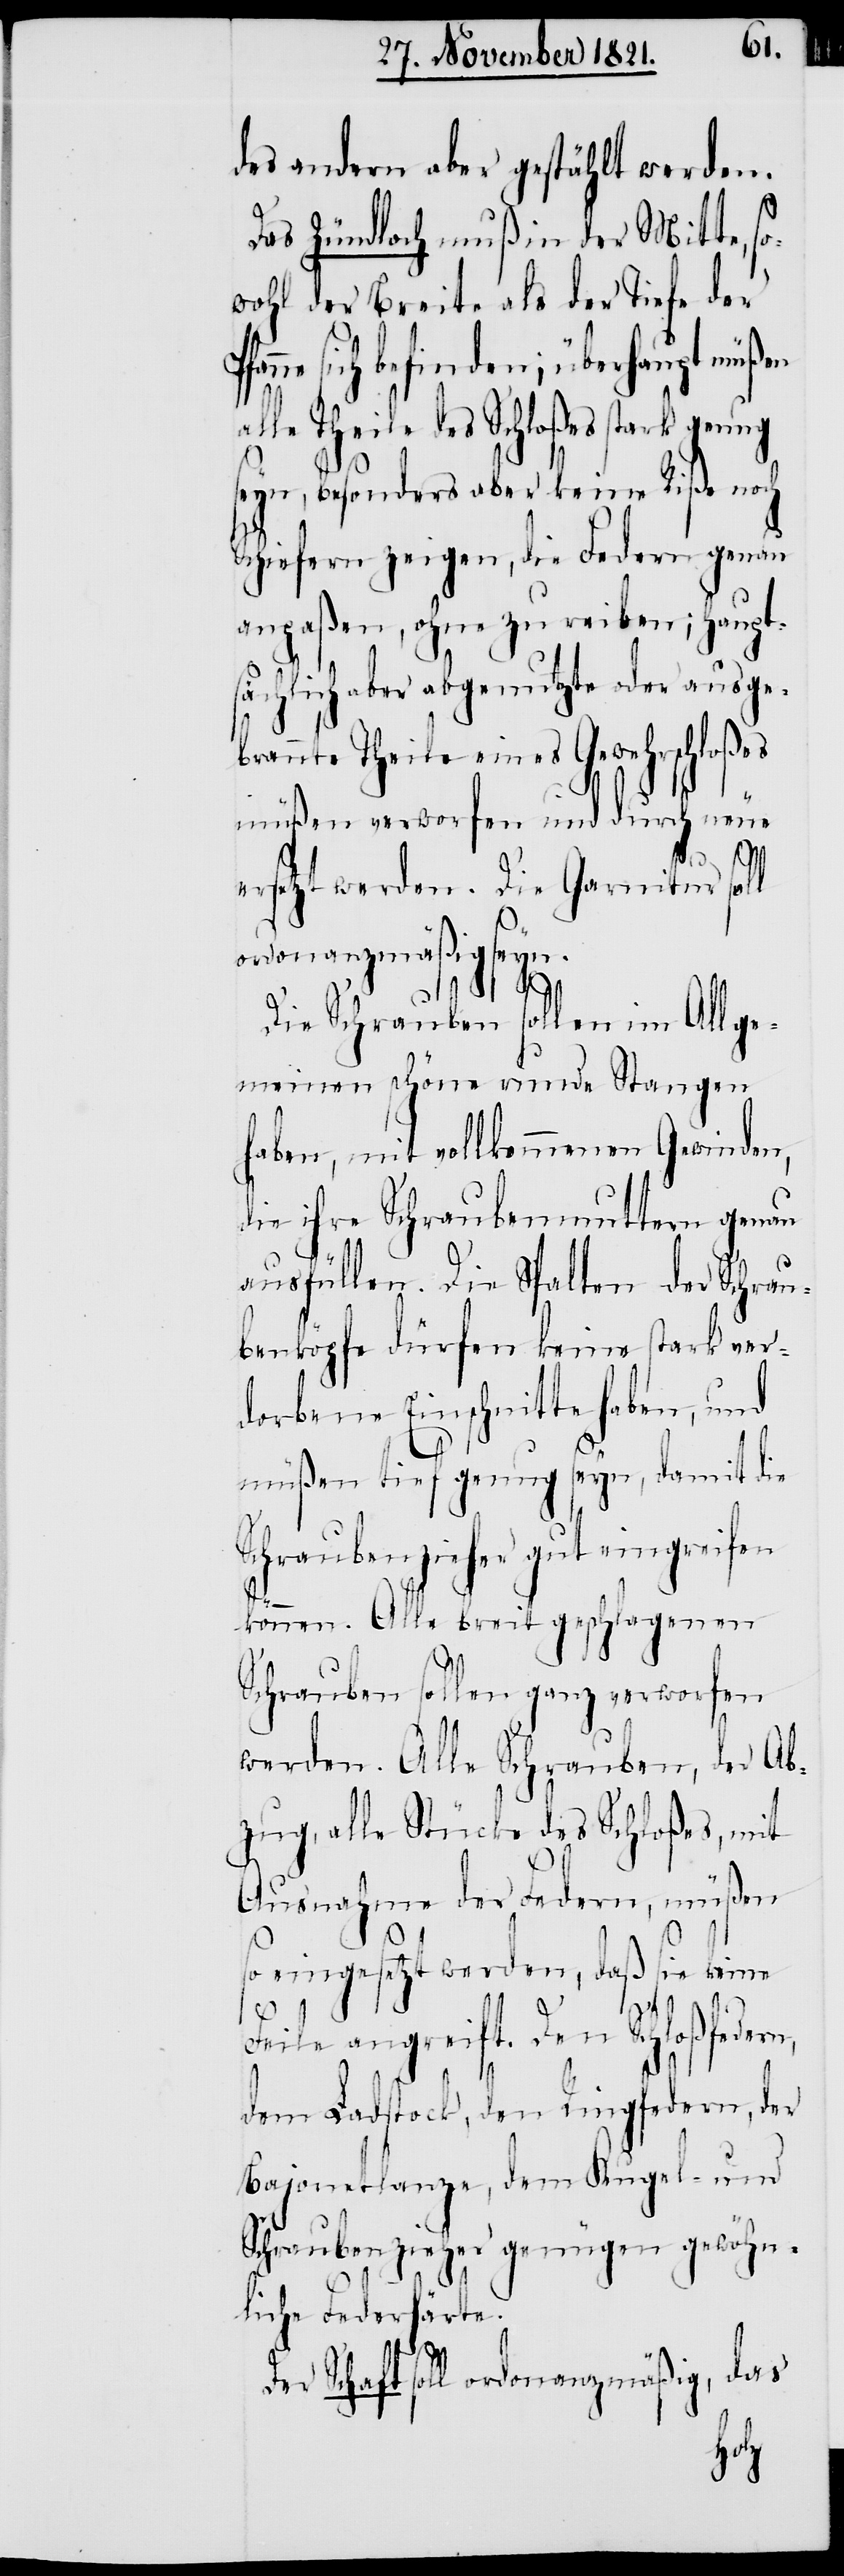
des andern aber gestählt werden.
Das Zündloch muß in der Mitte, so¬
wohl der Breite als der Tiefe der
nne sich befinden; überhaupt müßen
alle Theile des Schloßes stark genug
seyn, besonders aber keine Riße noch
Schiefern zeigen, die Federn genau
anpaßen, ohne zu reiben; haupt¬
sächlich aber abgenutzte oder ausge¬
annte Theile eines Gewehrschloßes
müßen verworfen und durch neue
Pfa¬
ersetzt werden. Die Garnitur soll
ordonanzmäßig seyn.
Die Schrauben sollen im Allge¬
meinen schöne runde Stangen
haben, mit vollkommenen Gewinden,
die ihre Schraubenmuttern genau
ausfüllen. Die Spalten der Schrau¬
benköpfe dürfen keine stark ver¬
dorbenen Einschnitte haben, und
müßen tief genug seyn, damit die
Schraubenzieher gut eingreifen
können. Alle breit geschlagenen
Schrauben sollen ganz verworfen
werden. Alle Schrauben, der Ab¬
zug, alle Stücke des Schloßes, mit
Ausnahme der Federn, müßen
so eingesetzt werden, daß sie keine
Feile angreift. Den Schloßfedern,
Bajonetlanze, dem Kugel- und
Schraubenzieher genügen gewöhn¬
liche Federstärke.
Der Schaft soll ordonanzmäßig, das
der